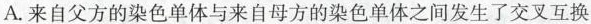
A.来自父方的染色单体与来自母方的染色单体之间发生了交叉互换